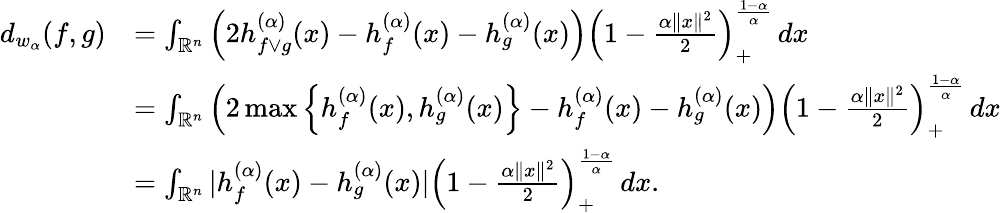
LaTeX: \begin{array}{rl}{d_{w_{\alpha}}(f,g)}&{=\int_{\mathbb{R}^{n}}\left(2h_{f\vee g}^{(\alpha)}(x)-h_{f}^{(\alpha)}(x)-h_{g}^{(\alpha)}(x)\right)\left(1-\frac{\alpha\| x\| ^{2}}{2}\right)_{+}^{\frac{1-\alpha}{\alpha}}\, dx}\\ &{=\int_{\mathbb{R}^{n}}\left(2\operatorname*{max}\left\{ h_{f}^{(\alpha)}(x),h_{g}^{(\alpha)}(x)\right\} -h_{f}^{(\alpha)}(x)-h_{g}^{(\alpha)}(x)\right)\left(1-\frac{\alpha\| x\| ^{2}}{2}\right)_{+}^{\frac{1-\alpha}{\alpha}}\, dx}\\ &{=\int_{\mathbb{R}^{n}}|h_{f}^{(\alpha)}(x)-h_{g}^{(\alpha)}(x)|\left(1-\frac{\alpha\| x\| ^{2}}{2}\right)_{+}^{\frac{1-\alpha}{\alpha}}\, dx.}\end{array}